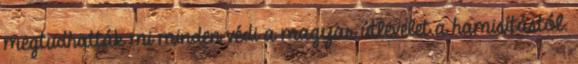
megtudhatták mi minden védi a magyar útlevelet a hamisítástól.